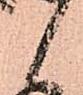
候